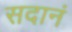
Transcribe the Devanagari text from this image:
सदानं